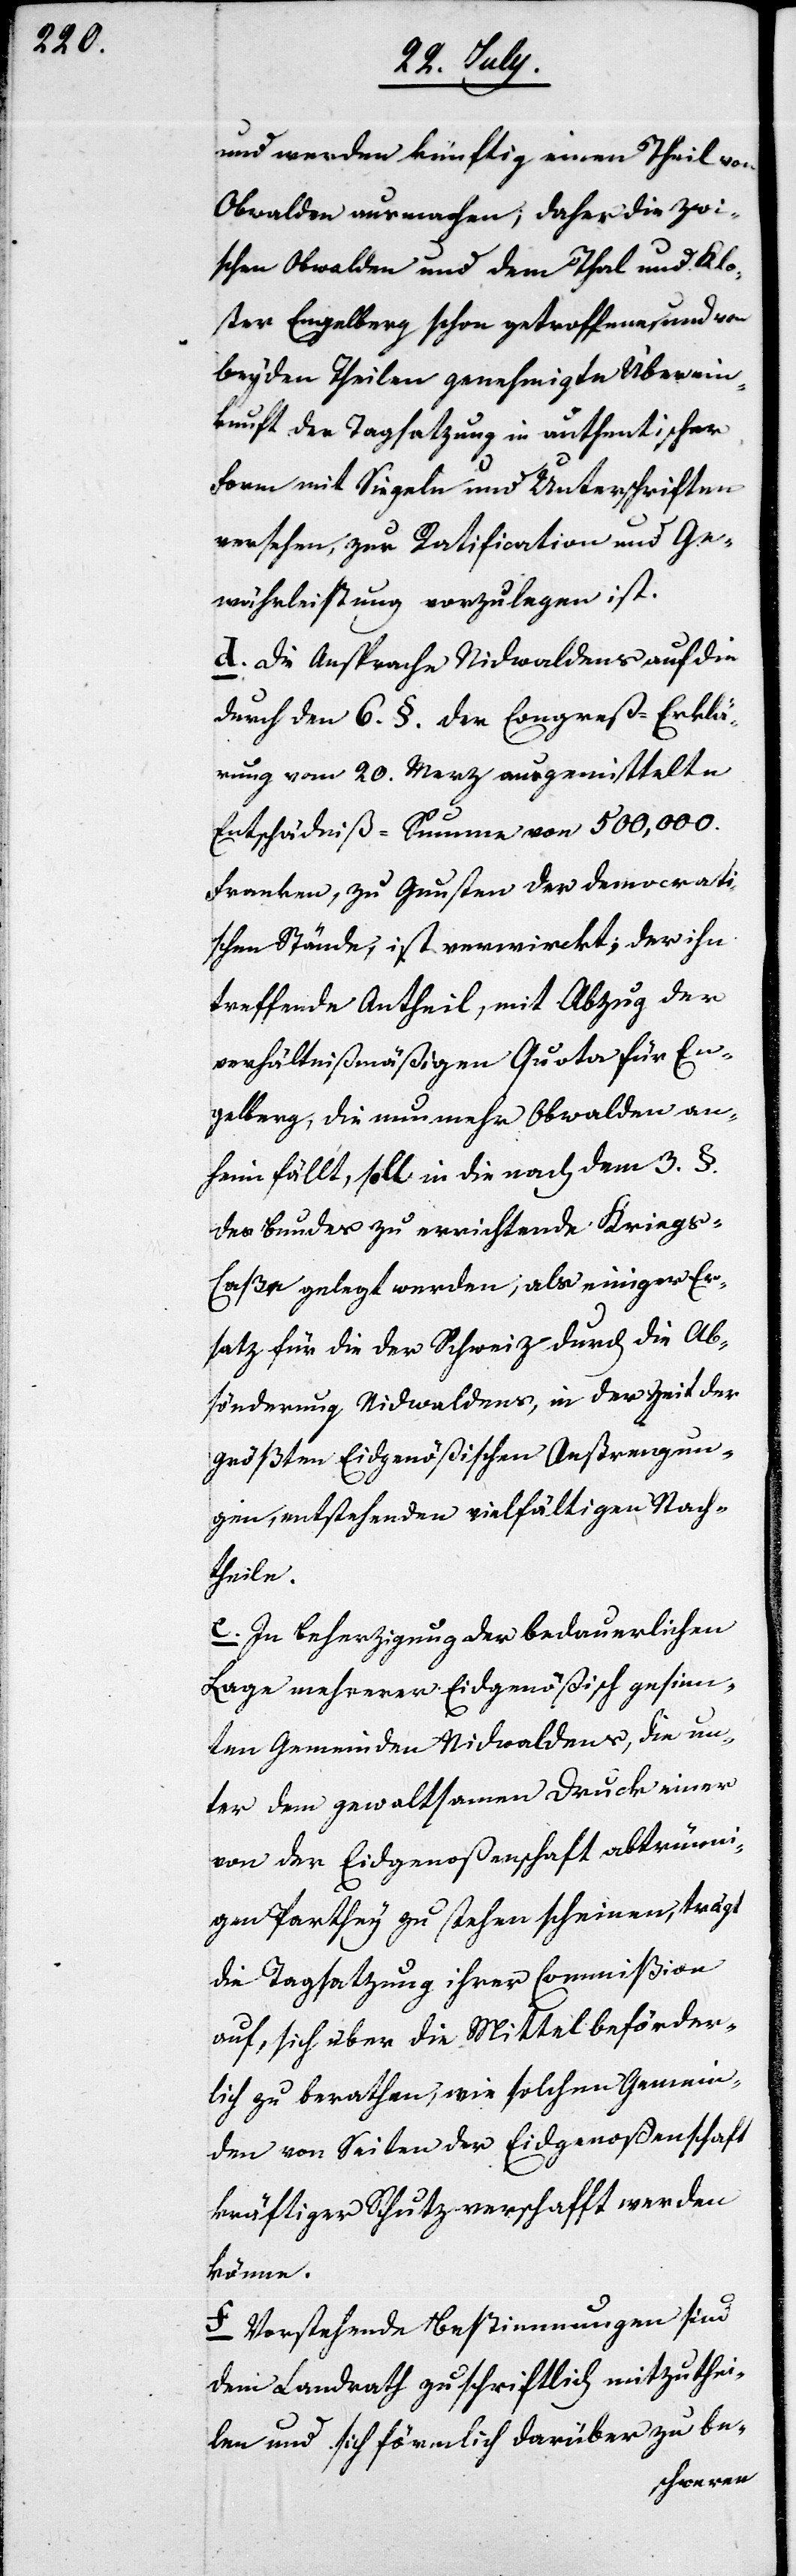
Nach¬

und werden künftig einen Theil von
Obwalden ausmachen, daher die zwi¬
schen Obwalden und dem Thal und Klo¬
ster Engelberg schon getroffene und von
beyden Theilen genehmigte Überein¬
kunft der Tagsatzung in authentischer
Form mit Siegeln und Unterschriften
versehen, zur Ratification und Ge¬
währleistung vorzulegen ist.
d. Die Ansprache Nidwaldens auf die
durch den 6. §. der Congreß-Erklä¬
rung vom 20sten Merz ausgemittelte
Entschädniß-Summa von 500,000.
Franken, zu Gunsten der democrati¬
schen Stände ist verwirckt, der ihn
treffende Antheil, mit Abzug der
verhältnißmäßigen Quota für En¬
gelberg, die nunmehr Obwalden an¬
heim fällt, soll in die nach dem 3. §.
des Bundes zu errichtende Kriegs-C¬
aßa gelegt werden, als einiger Er¬
satz für die der Schweiz durch die Ab¬
sönderung Nidwaldens, in der Zeit der
größten Eidgenößischen Anstrengungen,
theile.
In Beherzigung der bedauerlichen
Lage mehrerer Eidgenößisch gesinn¬
ten Gemeinden Nidwaldens, die un¬
ter dem gewaltsamen Druck einer
von der Eidgenoßenschaft abtrünni¬
gen Parthey zu stehen scheinen, trägt
die Tagsatzung ihrer Commißion
auf, sich über die Mittel beförder¬
lich zu berathen, wie solche Gemein¬
den von Seiten der Eidgenoßenschaft
kräftiger Schutz verschafft werden
könne.
f. Vorstehende Bestimmungen sind
dem Landrath zuschriftlich mitzuthei¬
len und sich förmlich darüber zu be-